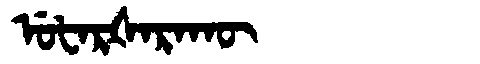
Manchu: ᡠᡶᠠᡵᡧᠠᡵᠠᡴᡡ
Romanization: UFARŠARAKŪ